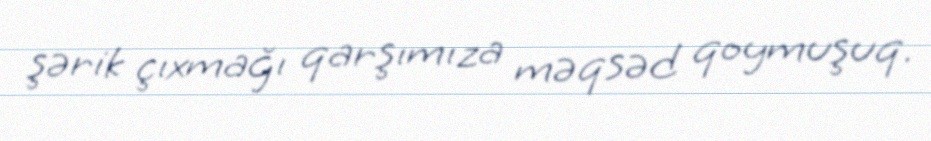
şərik çıxmağı qarşımıza məqsəd qoymuşuq.